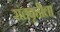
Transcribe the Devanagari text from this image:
संतवृत्तीला